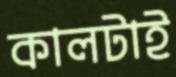
কালটাই